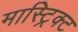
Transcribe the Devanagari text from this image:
मास्ट्रिक्ट